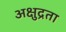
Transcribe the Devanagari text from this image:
अक्षुद्रता